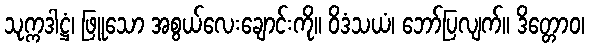
သုက္ကဒါဋ္ဌံ၊ ဖြူသော အစွယ်လေးချောင်းကို။ ဝိဒံသယံ၊ ဘော်ပြလျက်။ ဒိတ္တောဝ၊